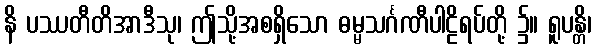
နိ ပဿတီတိအာဒီသု၊ ဤသို့အစရှိသော ဓမ္မသင်္ဂဏီပါဠိရပ်တို့ ၌။ ရူပန္တိ၊